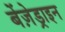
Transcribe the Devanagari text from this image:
बेंज़ेड्राइन